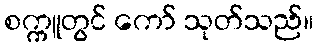
စက္ကူတွင် ကော် သုတ်သည်။